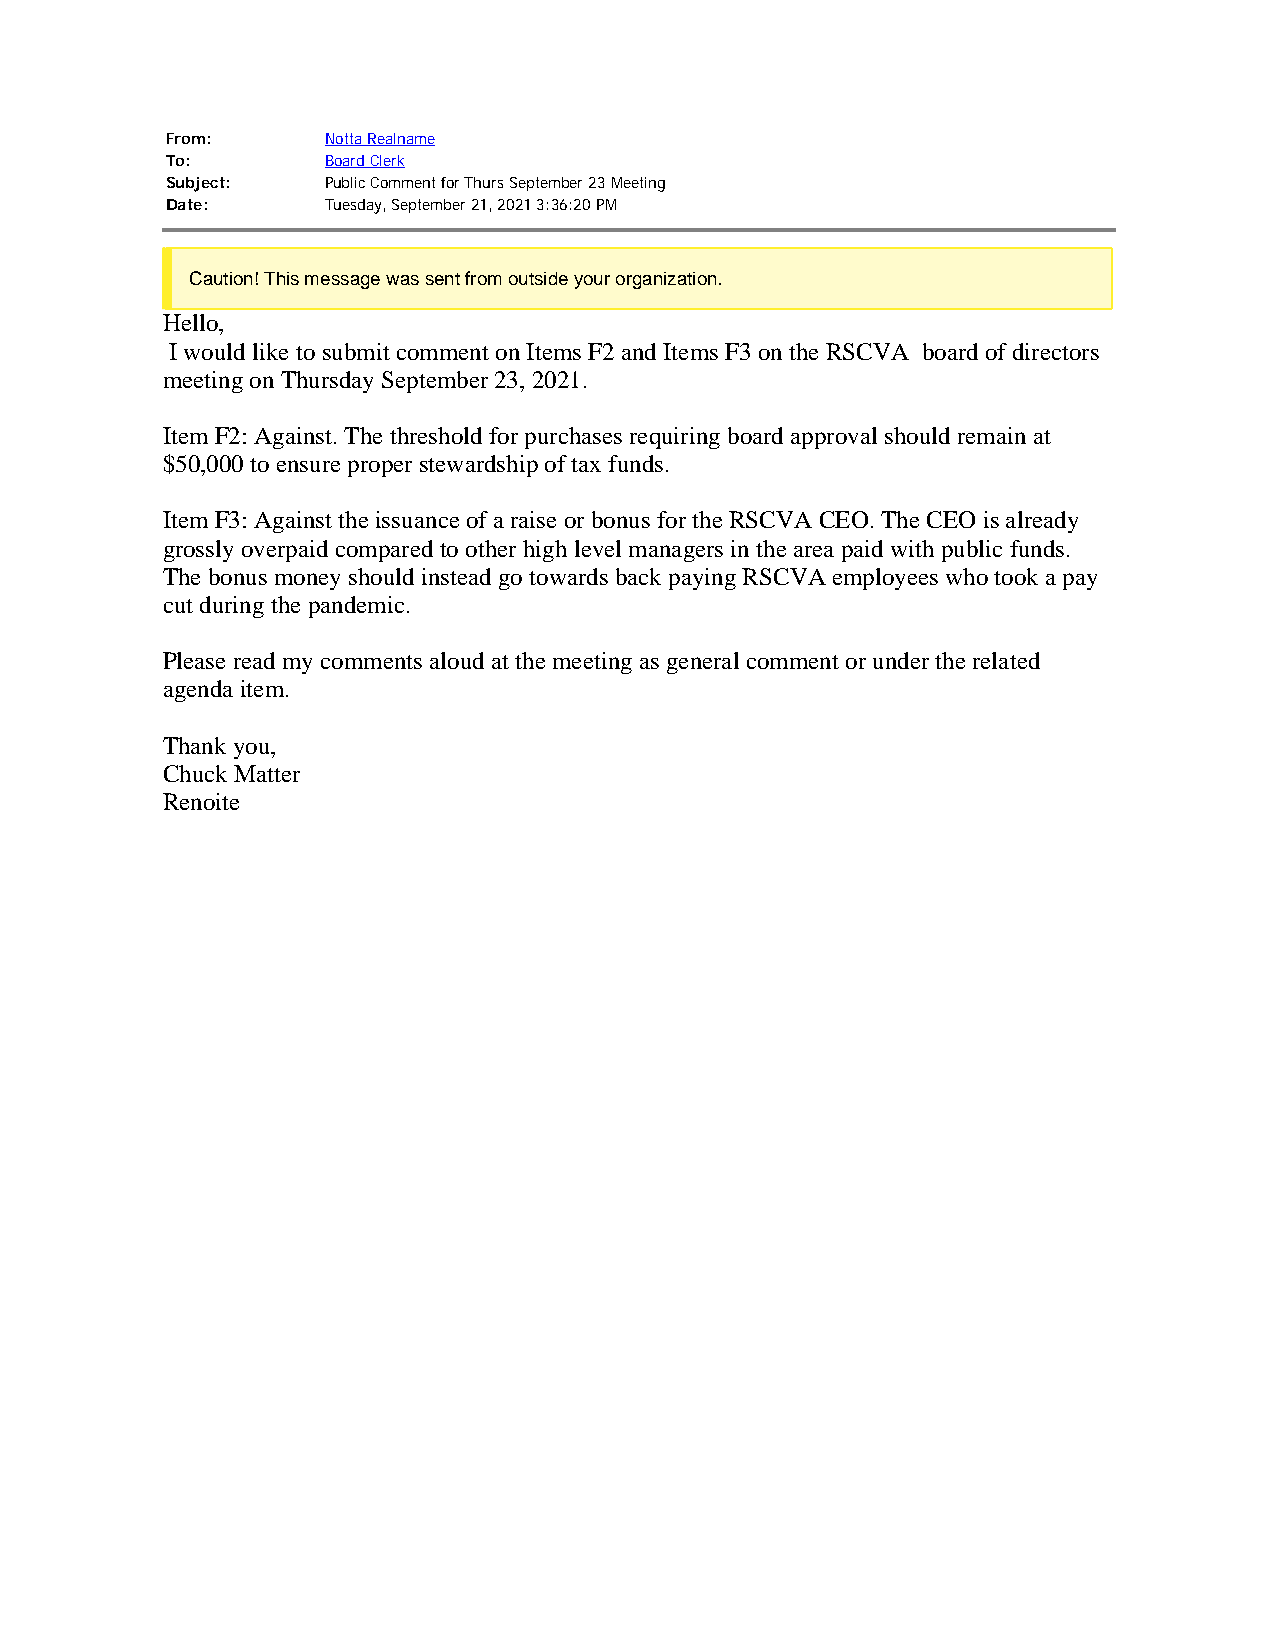
From:      Notta Realname
 To:        Board Clerk
 Subject:   Public Comment for Thurs September 23 Meeting
 Date:      Tuesday, September 21, 2021 3:36:20 PM
 Caution! This message was sent from outside your organization.
 Hello,
 I would like to submit comment on Items F2 and Items F3 on the RSCVA board of directors
 meeting on Thursday September 23, 2021.
 Item F2: Against. The threshold for purchases requiring board approval should remain at
 $50,000 to ensure proper stewardship of tax funds.
 Item F3: Against the issuance of a raise or bonus for the RSCVA CEO. The CEO is already
 grossly overpaid compared to other high level managers in the area paid with public funds.
 The bonus money should instead go towards back paying RSCVA employees who took a pay
 cut during the pandemic.
 Please read my comments aloud at the meeting as general comment or under the related
 agenda item.
 Thank you,
 Chuck Matter
 Renoite